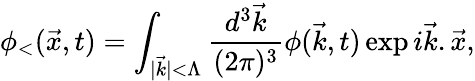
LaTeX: \phi_{<}(\vec{x},t)=\int_{\vert\vec{k}\vert<\Lambda}{\frac{d^{3}\vec{k}}{(2\pi)^{3}}}\phi(\vec{k},t)\exp{i\vec{k}.\vec{x}},